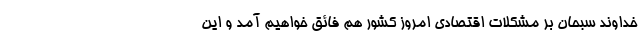
خداوند سبحان بر مشکلات اقتصادی امروز کشور هم فائق خواهیم آمد و این